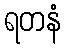
ရတနံ